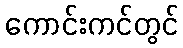
ကောင်းကင်တွင်